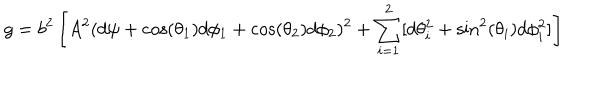
g = b ^ { 2 } \left[ A ^ { 2 } ( d \psi + \cos ( \theta _ { 1 } ) d \phi _ { 1 } + \cos ( \theta _ { 2 } ) d \phi _ { 2 } ) ^ { 2 } + \sum _ { i = 1 } ^ { 2 } [ d \theta _ { i } ^ { 2 } + \sin ^ { 2 } ( \theta _ { i } ) d \phi _ { i } ^ { 2 } ] \right]